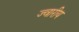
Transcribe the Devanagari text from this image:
ज्‍वारीय